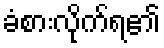
ခံစားလိုက်ရ၏